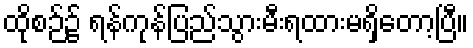
ထိုစဉ်၌ ရန်ကုန်ပြည်သွားမီးရထားမရှိတော့ပြီ။